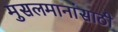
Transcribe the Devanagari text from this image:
मुसलमानांसाठी